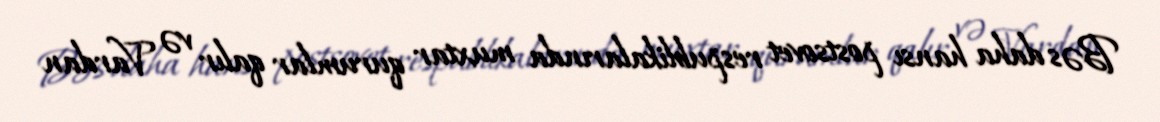
Bəs daha hansı postsovet respublikalarında muxtar qurumlar qalır və Vardan